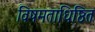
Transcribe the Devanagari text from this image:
विषमताधिष्ठित